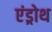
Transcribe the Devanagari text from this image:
एंड्रोथ